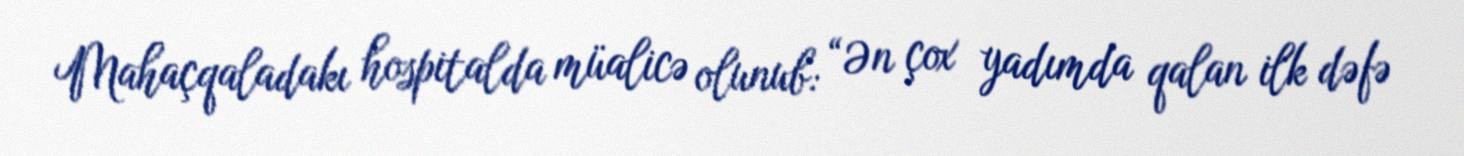
Mahaçqaladakı hospitalda müalicə olunub: “Ən çox yadımda qalan ilk dəfə